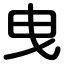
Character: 曳